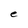
Character: e